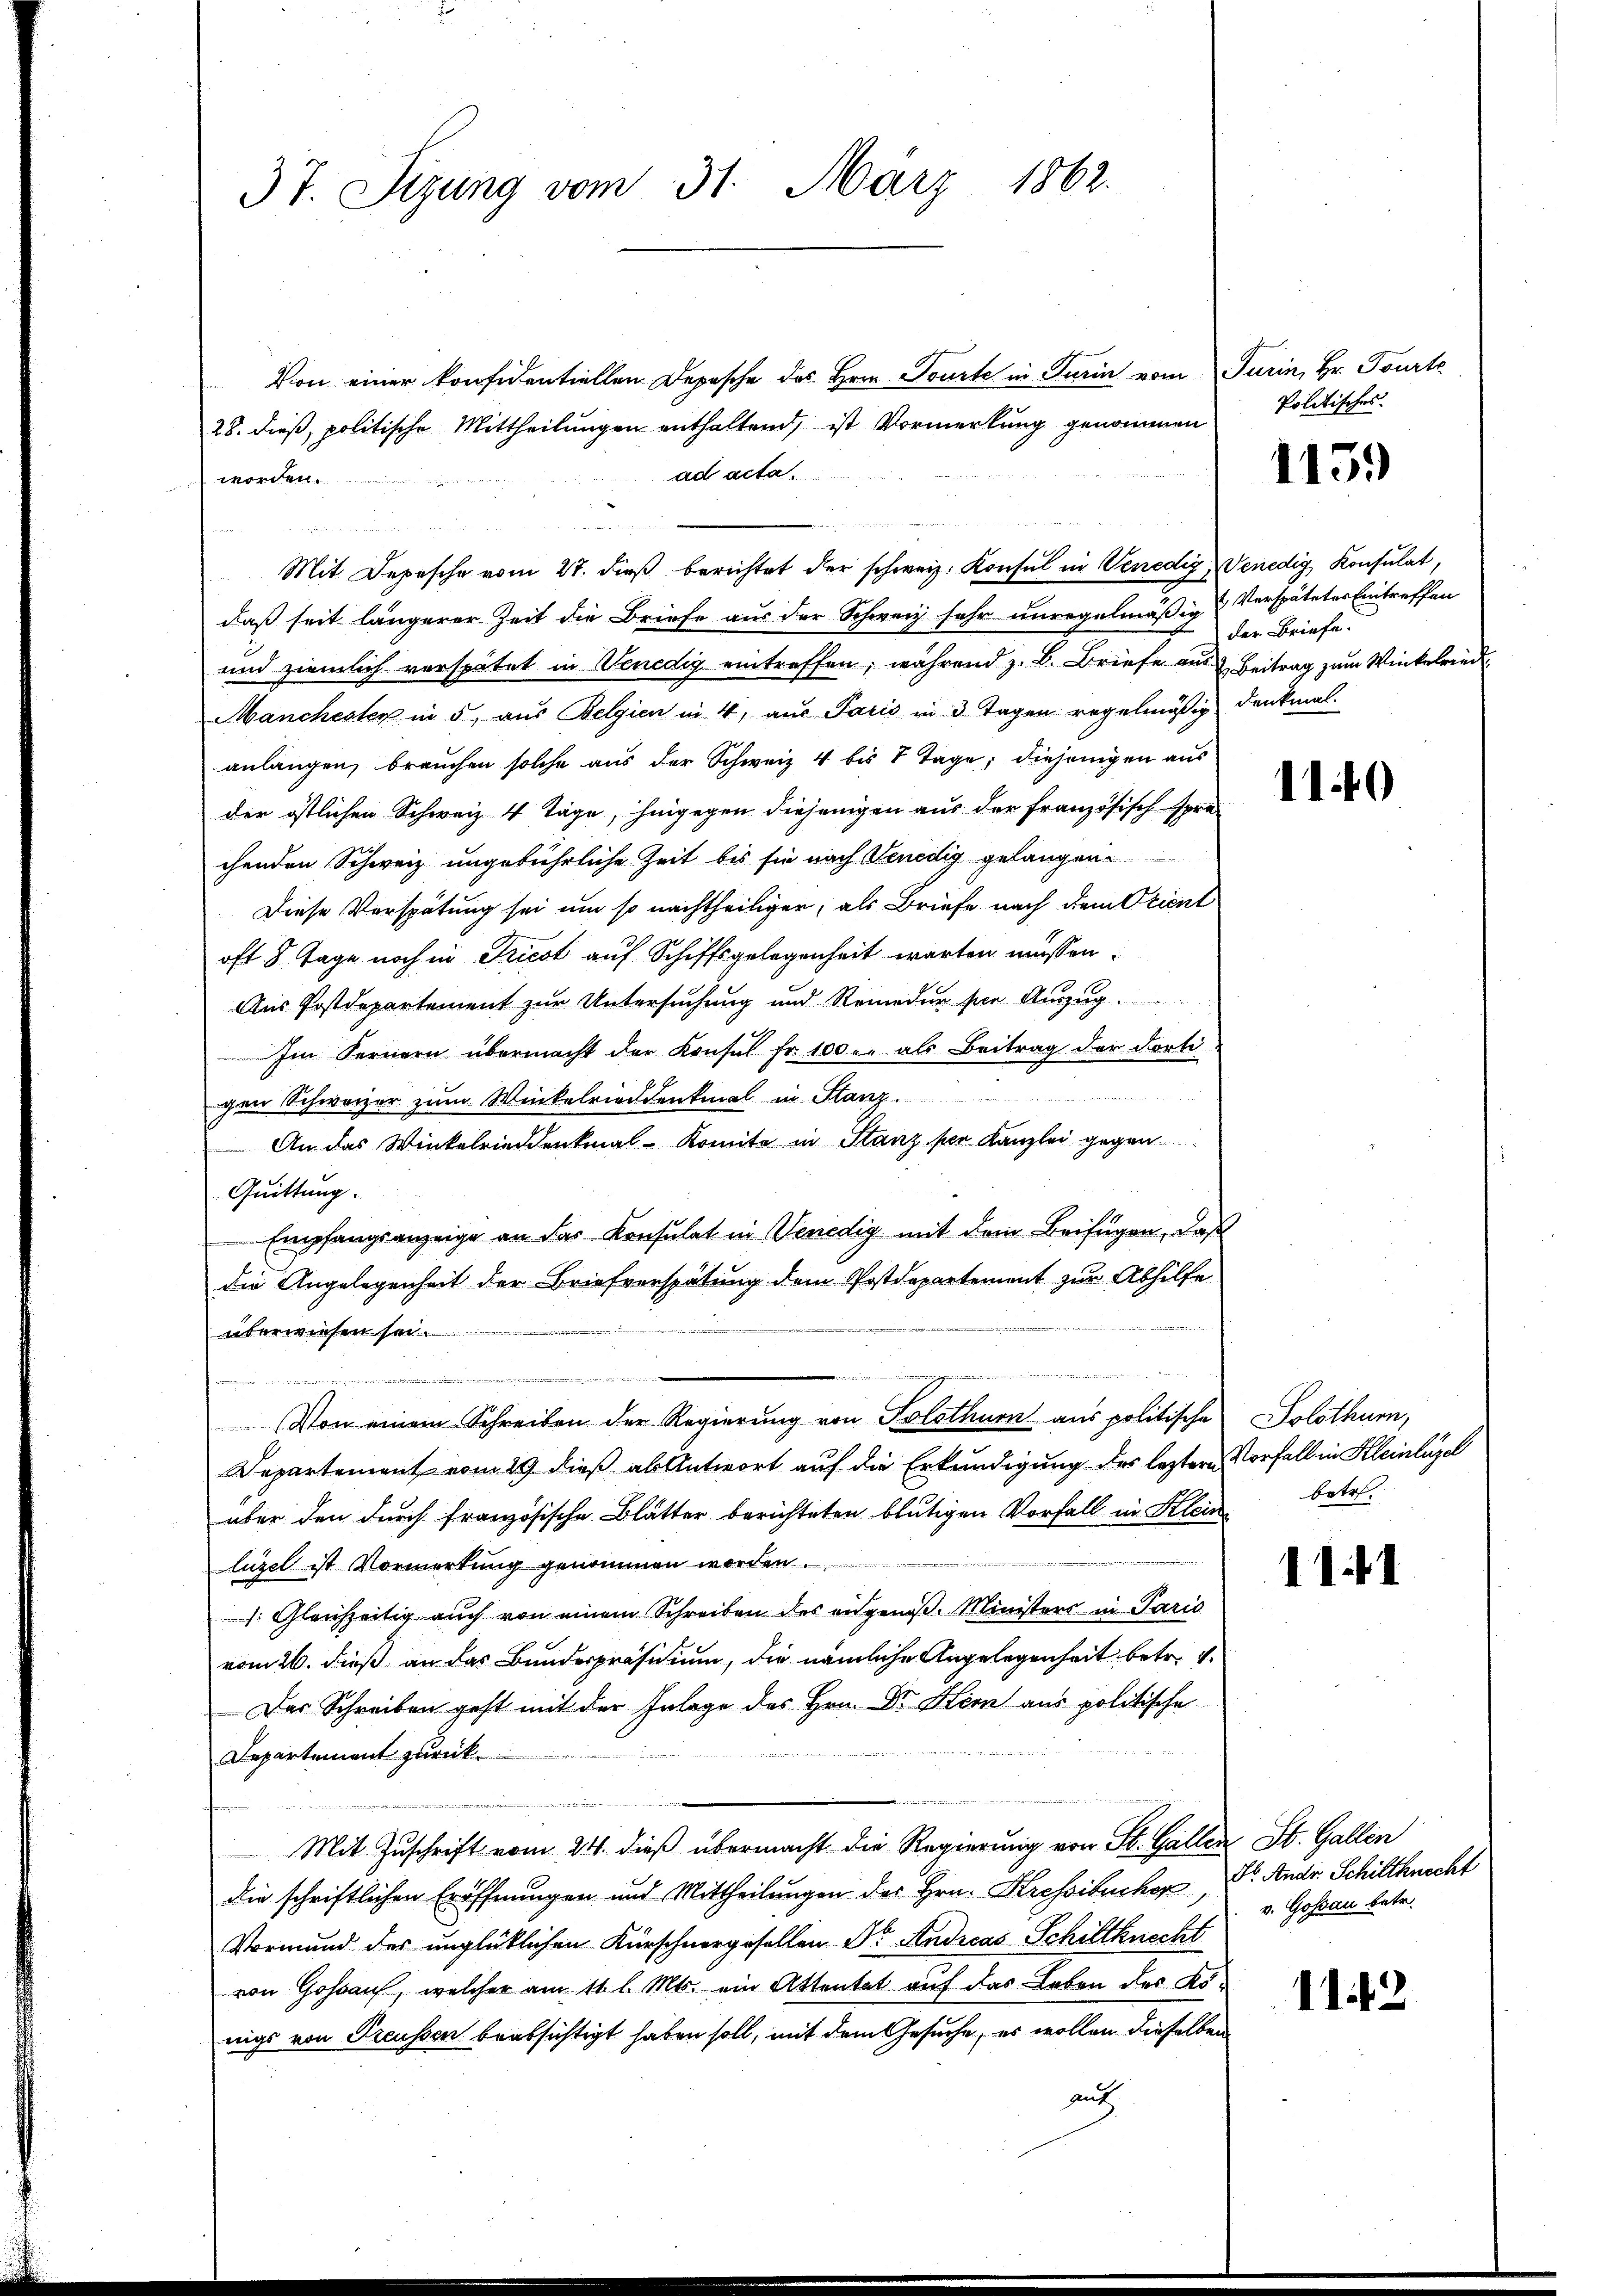
37. Sizung vom 31. März 1862.

Von einer konsidentiellen Depesche des Hrn. Tourte in Turin vom Turin, Hr. Tourte
28. dieß, politische Mittheilungen enthaltend, ist Vormerkung genommen
ad acta.
worden.

Mit Depesche vom 27. dieß berichtet der schweiz. Konsul in Venedig, Venedig Konsulat,
daß seit längerer Zeit die Briefe aus der Schweiz sehr unregelmäßig & Verspäteter Eintreffen
und ziemlich verspätet in Venedig eintreffen, während z. B. Briefe aus & Beitrag zum Winkelried
Manchester in 5, aus Belgien in 4, aus Paris in 3 Tagen regelmässig Denkmal
anlangen, brauchen solche aus der Schweiz 4 bis 8 Tage, diejenigen aus
der östlichen Schweiz 4 Tage, hingegen diejenigen aus der französisch spre-
chenden Schweiz ungebührliche Zeit bis sie nach Venedig gelangen.
Diese Verspätung sei um so nachtheiliger, als Briefe nach dem Orient
oft 8 Tage noch in Triest auf Schiffsgelegenheit warten müssen.
Aus Postdepartement zur Untersuchung und Remedur per Auszug
Im Fernern übermacht der Konsul fr. 100 u. als Beitrag der dorti-
gen Schweizer zum Winkelriedenkmal in Stanz.
An das Winkelrieddenkmal - Komite in Stanz per Kanzlei gegen
Quittung.
 Empfangsanzeige an das Konsulat in Venedig mit dem Beifügen, daß
die Angelegenheit der Briefverspätung dem Postdepartement zur Abhilfe
überwiesen sei.
m
i
Von einem Schreiben der Regierung von Solothurn aus politische Solothurn,
Departement vom 29. dieß als Antwort auf die Erkundigung des leztere Vorfall in Kleinlügel
über den durch französische Blätter berichteten blutigen Vorfall in Klein
luzel ist Vormerkung genommen worden.
. Gleichzeitig auch von einem Schreiben des angenoß. Ministers in Paris
vom 26. dieß an das Bundespräsidium, die nämliche Angelegenheit betr. v.
Das Schreiben geht mit der Inlage des Hrn. Dr. Kern aus politische
Departement zurück.

Mit Zuschrift vom 24. dieß übermacht die Regierung von St. Gallen
die schriftlichen Eröffnungen und Mittheilungen des Hrn. Kressibucher Dr. Andr. Schiltknecht
Vormund des unglücklichen Kürschnergesellen Dr. Andreas Schiltknecht
von Gossauf, welcher am 11. l. Mts. ein Attentat auf das Leben des Königs von Treussen beabsichtigt haben soll, mit dem Gesuche, es wollen dieselben
au

Politisches.

1159

der Briefe.

1140

betr.

11.1

St. Gallen
v. Gossau betr.

1142